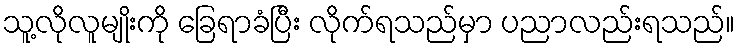
သူ့လိုလူမျိုးကို ခြေရာခံပြီး လိုက်ရသည်မှာ ပညာလည်းရသည်။